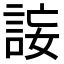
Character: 𧧄